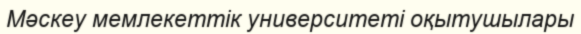
Мәскеу мемлекеттік университеті оқытушылары